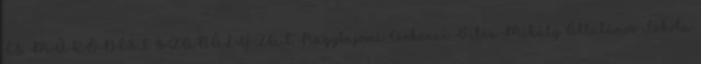
ÉS MŰKÖDÉSI SZABÁLYZAT Nagybajomi Csokonai Vitéz Mihály Általános Iskola